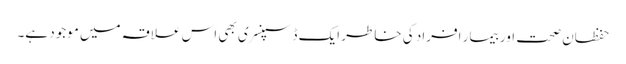
حفظان صحت اور بیمار افراد کی خاطر ایک ڈسپنسری بھی اس علاقہ میں موجود ہے۔